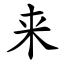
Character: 来